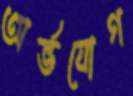
অর্ভযোগ